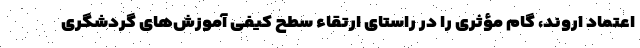
اعتماد اروند، گام مؤثری را در راستای ارتقاء سطح کیفی آموزش‌های گردشگری